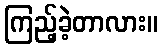
ကြည့်ခဲ့တာလား။